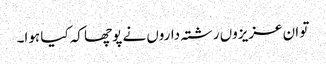
تو ان عزیزوں رشتہ داروں نے پوچھا کہ کیا ہوا۔